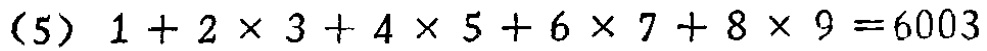
(5) \(1 + 2\times3 + 4\times5 + 6\times7 + 8\times9 = 6003\)